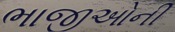
ભાજીઓની